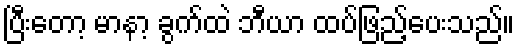
ပြီးတော့ မာနာ့ ခွက်ထဲ ဘီယာ ထပ်ဖြည့်ပေးသည်။